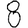
Digit: 8